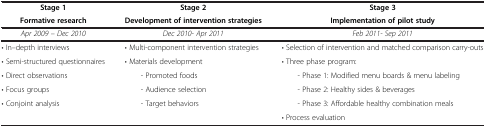
| Stage 1 | Stage 2 | Stage 3 |
 | Formative research | Development of intervention strategies | Implementation of pilot study |
 | --- | --- | --- |
 | Apr 2009 – Dec 2010 | Dec 2010- Apr 2011 | Feb 2011- Sep 2011 |
 | • In–depth interviews | • Multi-component intervention strategies | • Selection of intervention and matched comparison carry-outs |
 | • Semi-structured questionnaires | • Materials development | • Three phase program: |
 | • Direct observations | - Promoted foods | - Phase 1: Modified menu boards & menu labeling |
 | • Focus groups | - Audience selection | - Phase 2: Healthy sides & beverages |
 | • Conjoint analysis | - Target behaviors | - Phase 3: Affordable healthy combination meals |
 |  |  | • Process evaluation |